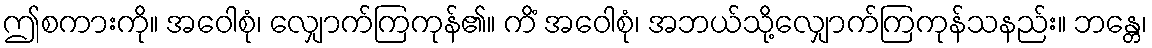
ဤစကားကို။ အဝေါစုံ၊ လျှောက်ကြကုန်၏။ ကိံ အဝေါစုံ၊ အဘယ်သို့လျှောက်ကြကုန်သနည်း။ ဘန္တေ၊